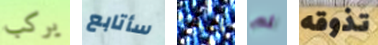
يركب سأتابع أعرف لم تذوقه